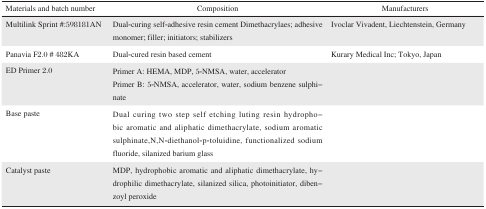
<table><thead><tr><td><b>Materials and batch number</b></td><td><b>Composition</b></td><td><b>Manufacturers</b></td></tr></thead><tbody><tr><td>Multilink Sprint #:598181AN</td><td>Dual-curing self-adhesive resin cement Dimethacrylaes; adhesive monomer; filler; initiators; stabilizers</td><td>Ivoclar Vivadent, Liechtenstein, Germany</td></tr><tr><td>Panavia F2.0 # 482KA</td><td>Dual-cured resin based cement</td><td>Kurary Medical Inc; Tokyo, Japan</td></tr><tr><td>ED Primer 2.0</td><td>Primer A: HEMA, MDP, 5-NMSA, water, acceleratorPrimer B: 5-NMSA, accelerator, water, sodium benzene sulphinate</td><td></td></tr><tr><td>Base paste</td><td>Dual curing two step self etching luting resin hydrophobic aromatic and aliphatic dimethacrylate, sodium aromatic sulphinate,N,N-diethanol-p-toluidine, functionalized sodium fluoride, silanized barium glass</td><td></td></tr><tr><td>Catalyst paste</td><td>MDP, hydrophobic aromatic and aliphatic dimethacrylate, hydrophilic dimethacrylate, silanized silica, photoinitiator, dibenzoyl peroxide</td><td></td></tr></tbody></table>